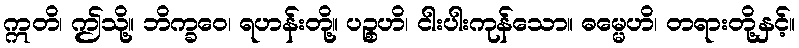
ဣတိ၊ ဤသို့။ ဘိက္ခဝေ၊ ရဟန်းတို့။ ပဉ္စဟိ၊ ငါးပါးကုန်သော။ ဓမ္မေဟိ၊ တရားတို့နှင့်။